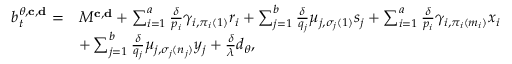
\begin{array} { r l } { b _ { t } ^ { \theta , \mathbf { c } , \mathbf { d } } = } & { M ^ { \mathbf { c } , \mathbf { d } } + \sum _ { i = 1 } ^ { a } \frac { \delta } { p _ { i } } \gamma _ { i , \pi _ { i } ( 1 ) } { r _ { i } } + \sum _ { j = 1 } ^ { b } \frac { \delta } { q _ { j } } \mu _ { j , \sigma _ { j } ( 1 ) } { s _ { j } } + \sum _ { i = 1 } ^ { a } \frac { \delta } { p _ { i } } \gamma _ { i , \pi _ { i } ( m _ { i } ) } { x _ { i } } } \\ & { + \sum _ { j = 1 } ^ { b } \frac { \delta } { q _ { j } } \mu _ { j , \sigma _ { j } ( n _ { j } ) } { y _ { j } } + \frac { \delta } { \lambda } d _ { \theta } , } \end{array}